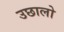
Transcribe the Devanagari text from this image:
उछालो